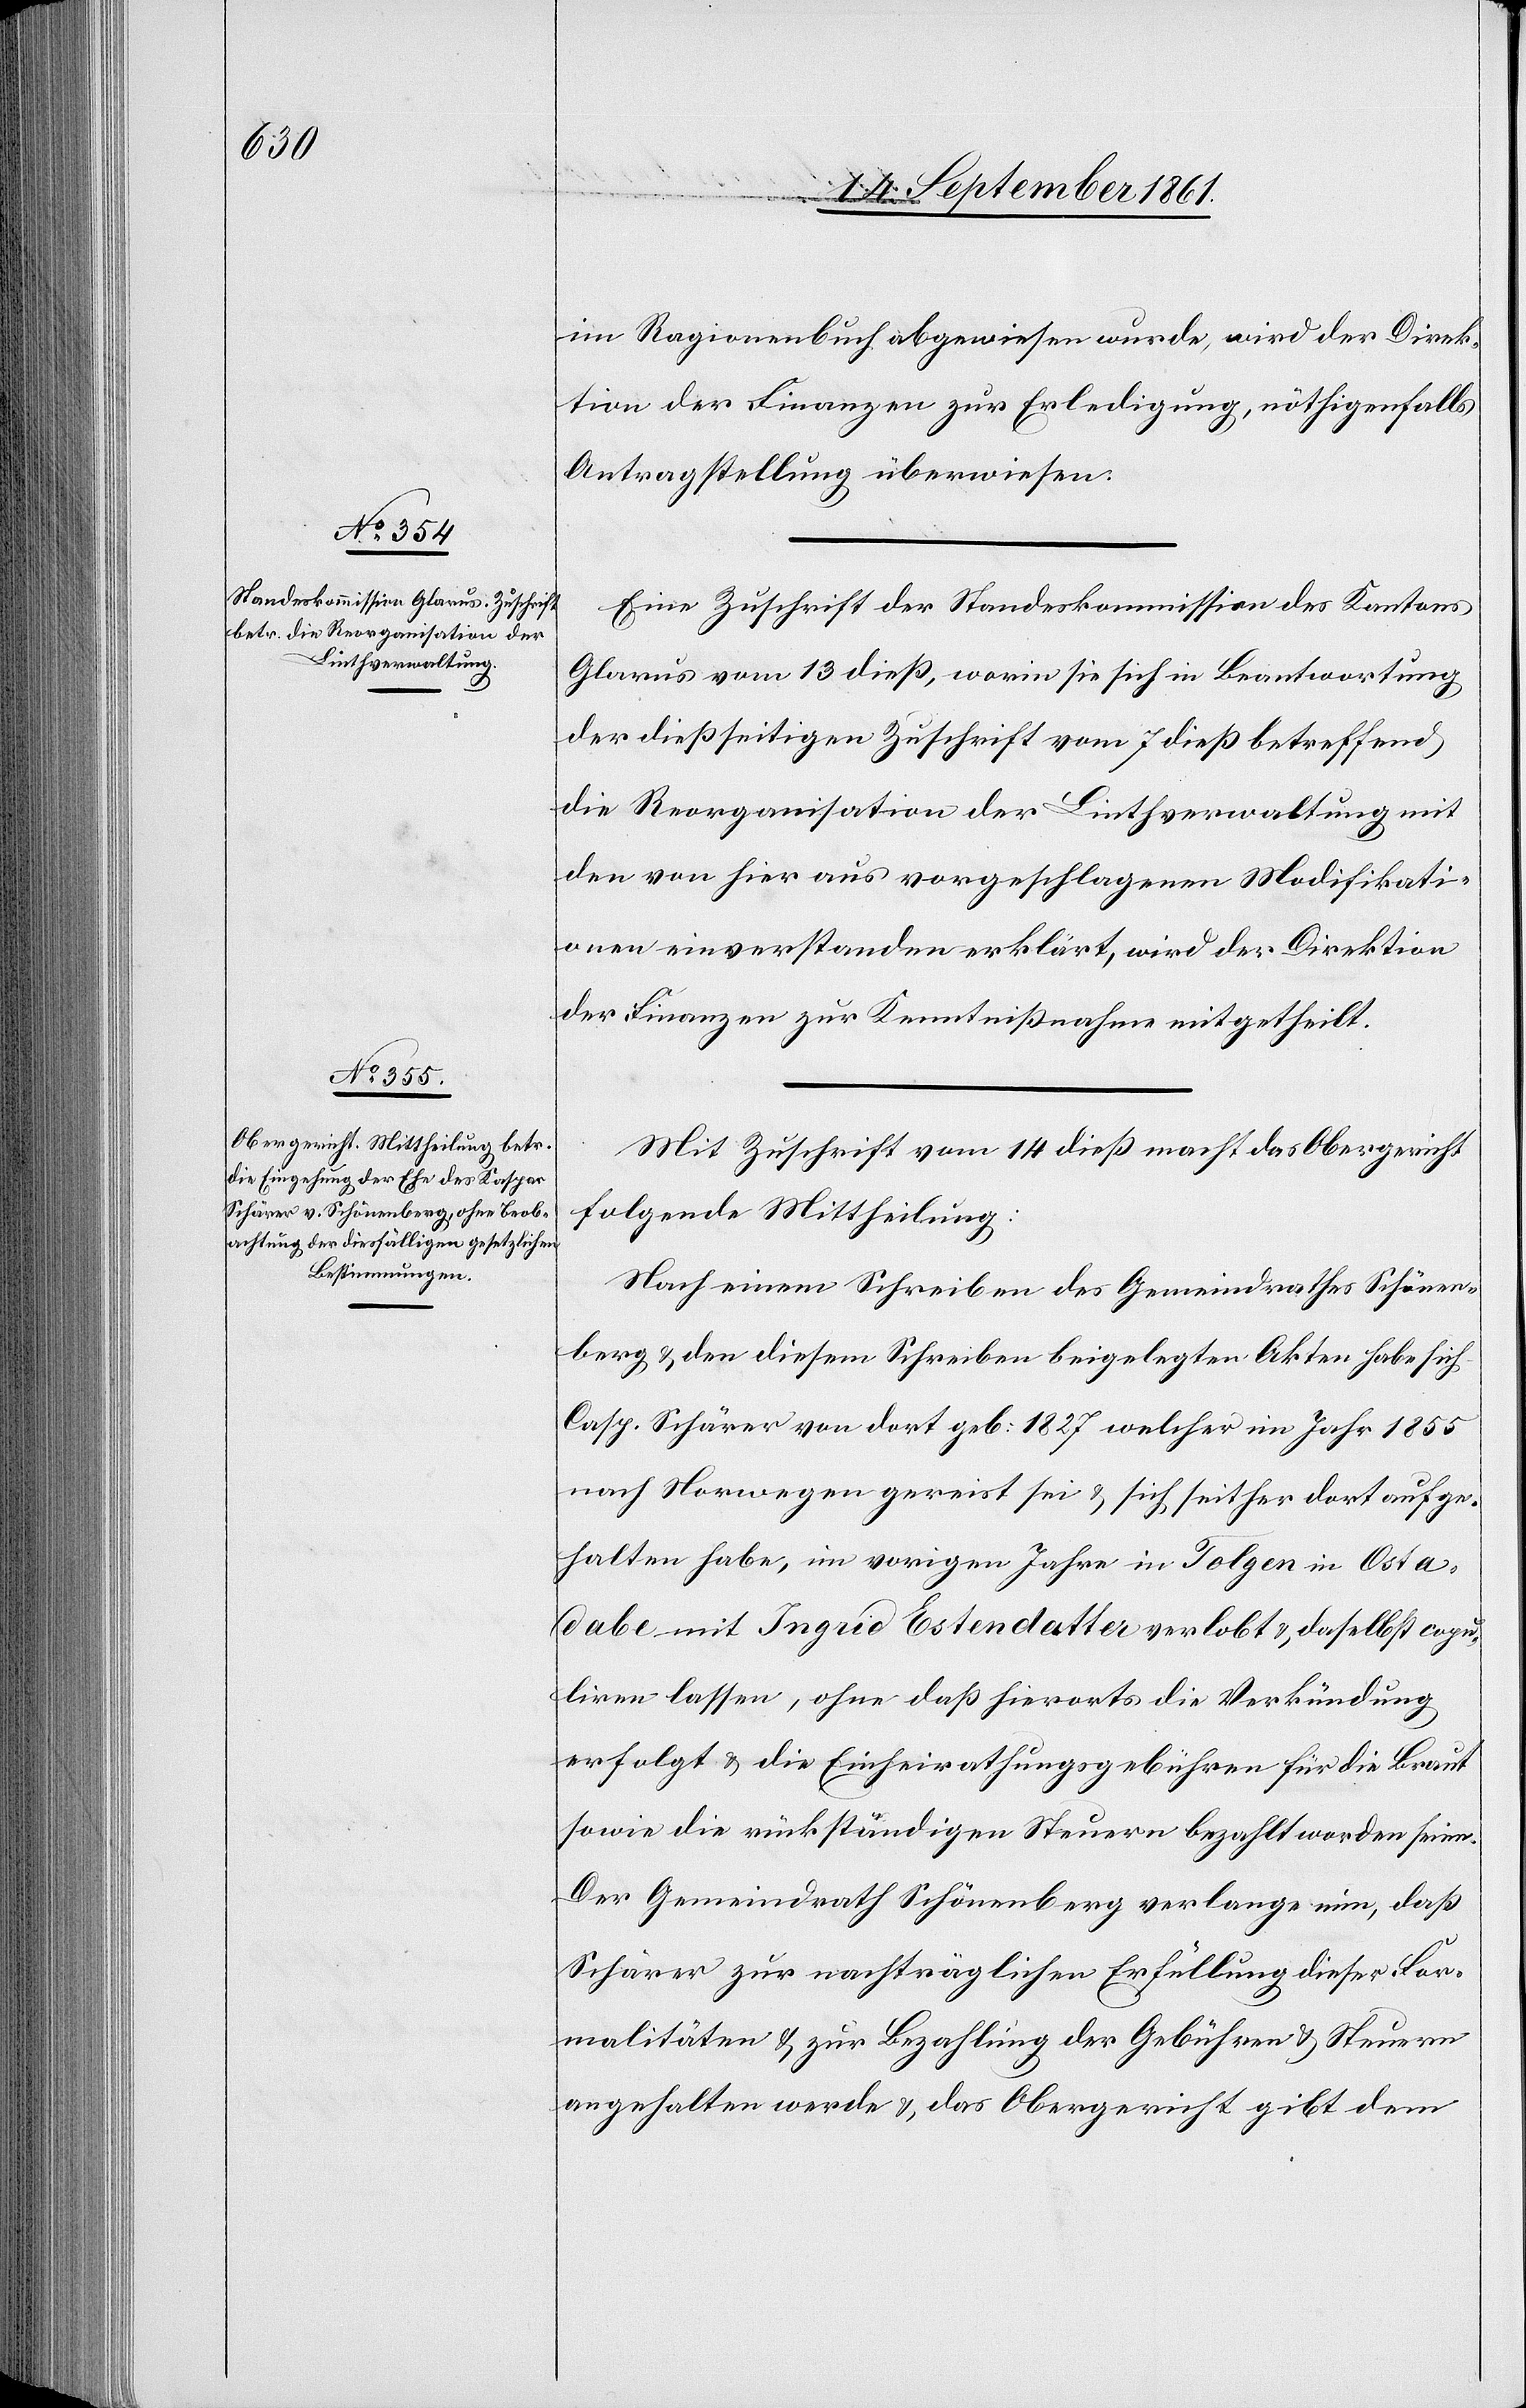
16 September 1861.]
im Ragionenbuch abgewiesen wurde, wird der Direk¬
tion der Finanzen zur Erledigung, nöthigenfalls
Antragstellung überwiesen.
Eine Zuschrift der Standeskommission des Kantons
Glarus vom 13 dieß, worin sie sich in Beantwortung
der dießseitigen Zuschrift vom 7 dieß betreffend
die Reorganisation der Linthverwaltung mit
den von hier aus vorgeschlagenen Modifikati¬
onen einverstanden erklärt, wird der Direktion
der Finanzen zur Kenntnißnahme mitgetheilt.
Mit Zuschrift vom 14 dieß macht das Obergericht
folgende Mittheilung:
Nach einem Schreiben des Gemeindrathes Schönen¬
berg u. den diesem Schreiben beigelegten Akten habe sich
Casp. Schärer von dort geb. 1827 welcher im Jahr 1855
nach Norwegen gereist sei u. sich seither dort aufge¬
halten habe, im vorigen Jahre in Tolgen in Ostad¬
abe mit Ingrid Estendatter verlobt, daselbst copu¬
liren lassen, ohne daß hierorts die Verkündung
erfolgt u. die Einheirathungsgebühren für die Braut
sowie die rückständigen Steuern bezahlt worden seien.
Der Gemeindrath Schönenberg verlange nun, daß
Schärer zur nachträglichen Erfüllung dieser Nor¬
malitäten u. zur Bezahlung der Gebühren u. Steuern
angehalten werde u. das Obergericht gibt dem